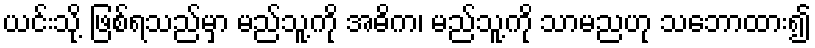
ယင်းသို့ ဖြစ်ရသည်မှာ မည်သူ့ကို အဓိက၊ မည်သူ့ကို သာမညဟု သဘောထား၍